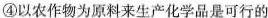
④以农作物为原料来生产化学品是可行的